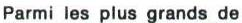
Parmi les plus grands de